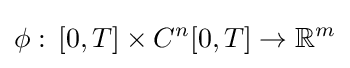
\phi :\,[0,T]\times C^{n}[0,T]\to {\mathbb {R} }^{m}